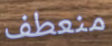
منعطف